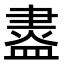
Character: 䀆